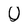
Character: 0